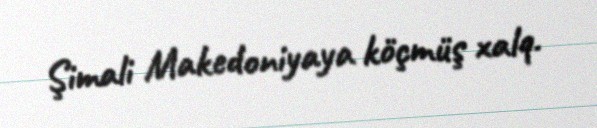
Şimali Makedoniyaya köçmüş xalq.